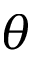
\theta